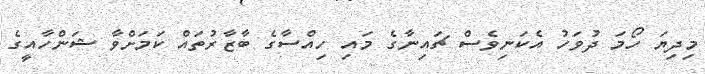
މިދިޔަ ހޯމަ ދުވަހު އެކަނިވެސް ޗައިނާގެ މައި ހިއްސާގެ ބާޒާރުތައް ކަމަށްވާ ޝަންހާއީގެ